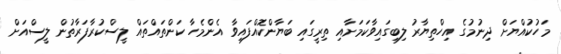
މަހުކުއްޔަށް ދިނުމުގެ އިހްތިޔާރު ލިބިގައިވާކަމަށާއި ތިރީގައި ބަޔާންކޮއްފައިވާ އެންމެހާ ކަންތައްތައް ލީސްކުރާފަރާތުން ލީސްއަށް